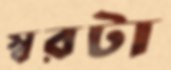
স্বরটা